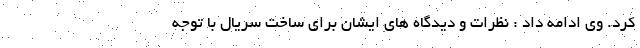
کرد. وی ادامه داد : نظرات و دیدگاه های ایشان برای ساخت سریال با توجه